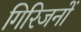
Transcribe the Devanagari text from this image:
गिरिजनों